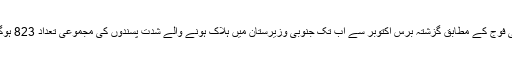
پاکستانی فوج کے مطابق گزشتہ برس اکتوبر سے اب تک جنوبی وزیرستان میں ہلاک ہونے والے شدت پسندوں کی مجموعی تعداد 823 ہوگئی ہے۔